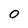
Character: 0